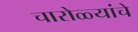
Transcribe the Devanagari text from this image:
चारोळ्यांचे